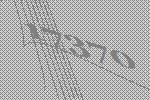
17370